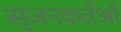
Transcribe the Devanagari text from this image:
सृजनकर्तओं